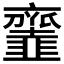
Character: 𩐓